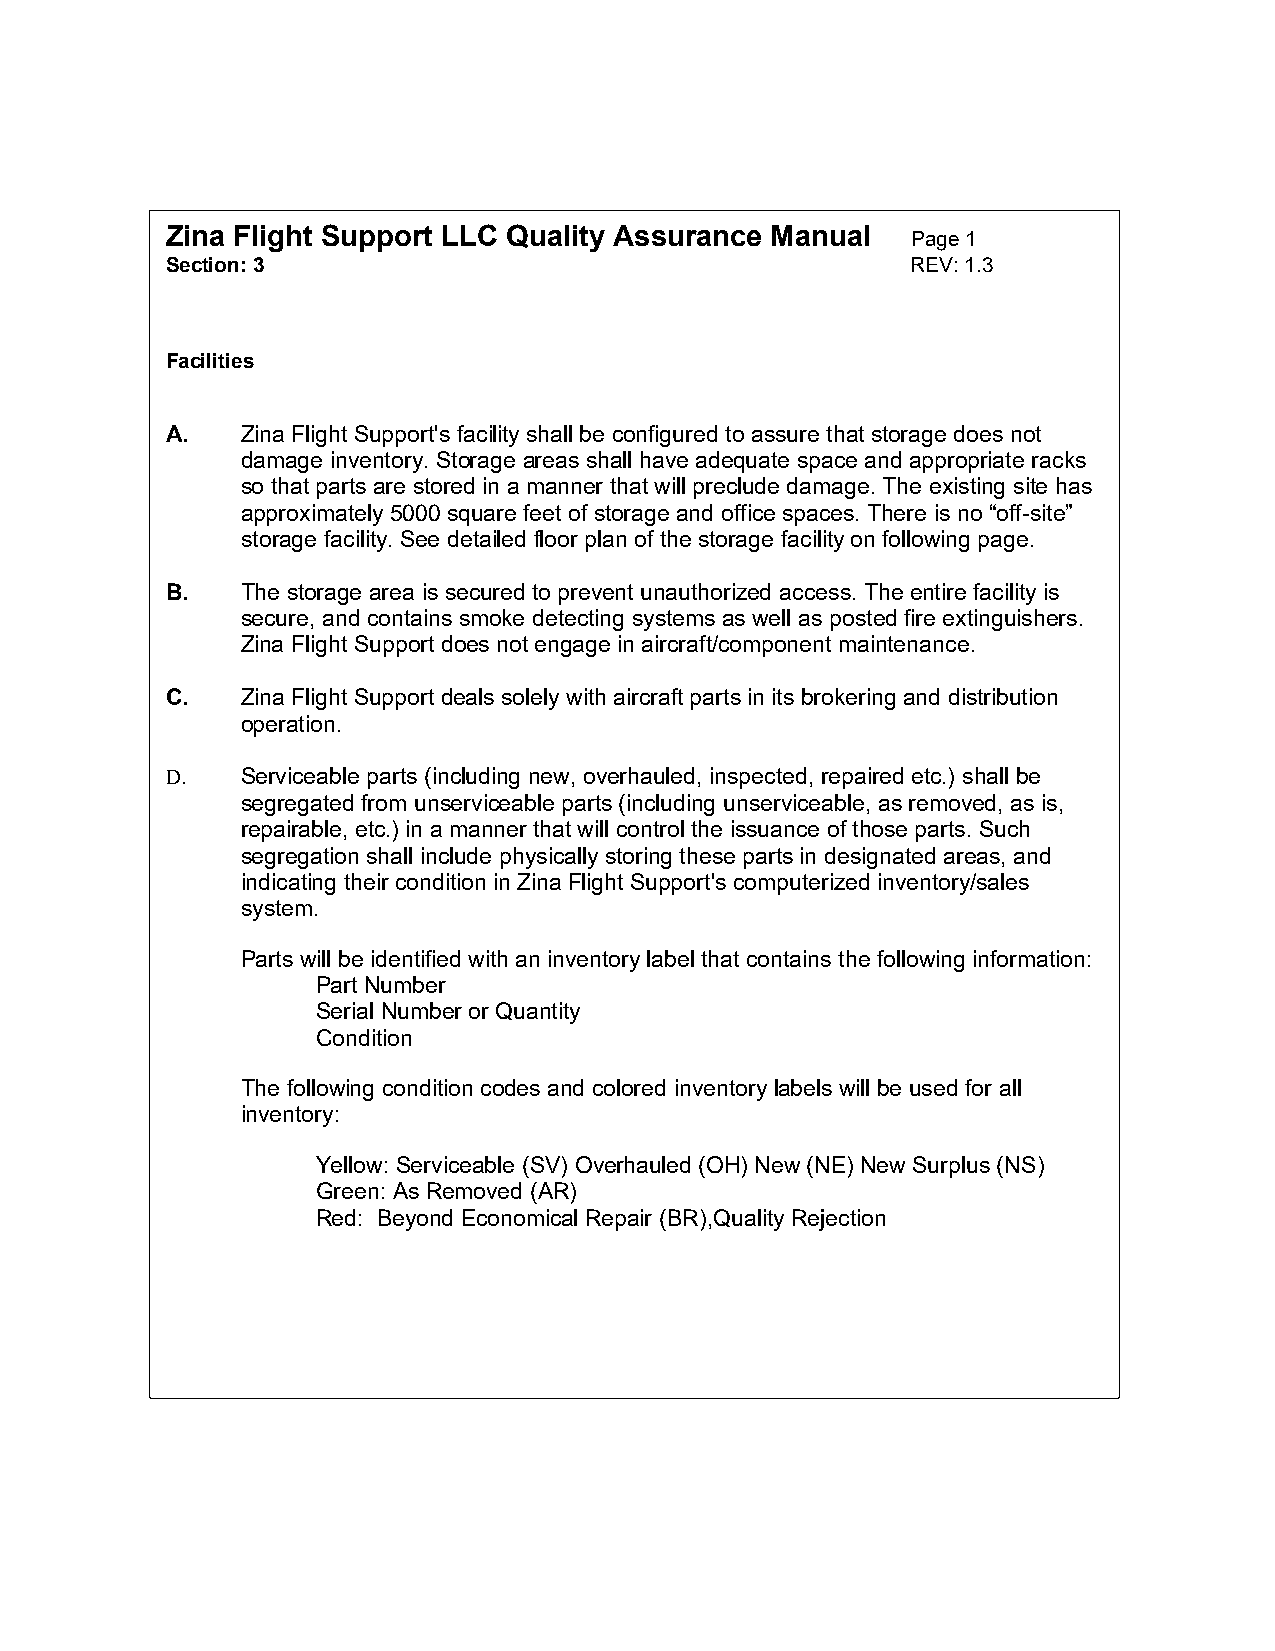
Zina Flight Support LLC Quality Assurance Manual Page 1
 Section: 3                                       REV: 1.3
 Facilities
 A.   Zina Flight Support's facility shall be configured to assure that storage does not
 damage inventory. Storage areas shall have adequate space and appropriate racks
 so that parts are stored in a manner that will preclude damage. The existing site has
 approximately 5000 square feet of storage and office spaces. There is no “off-site”
 storage facility. See detailed floor plan of the storage facility on following page.
 B.   The storage area is secured to prevent unauthorized access. The entire facility is
 secure, and contains smoke detecting systems as well as posted fire extinguishers.
 Zina Flight Support does not engage in aircraft/component maintenance.
 C.   Zina Flight Support deals solely with aircraft parts in its brokering and distribution
 operation.
 D.   Serviceable parts (including new, overhauled, inspected, repaired etc.) shall be
 segregated from unserviceable parts (including unserviceable, as removed, as is,
 repairable, etc.) in a manner that will control the issuance of those parts. Such
 segregation shall include physically storing these parts in designated areas, and
 indicating their condition in Zina Flight Support's computerized inventory/sales
 system.
 Parts will be identified with an inventory label that contains the following information:
 Part Number
 Serial Number or Quantity
 Condition
 The following condition codes and colored inventory labels will be used for all
 inventory:
 Yellow: Serviceable (SV) Overhauled (OH) New (NE) New Surplus (NS)
 Green: As Removed (AR)
 Red: Beyond Economical Repair (BR),Quality Rejection